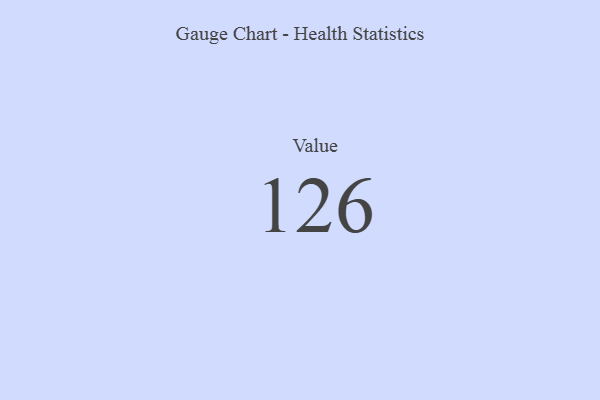
{"axis": {"x": "Metric", "y": "Value"}, "legend": [""], "data": [{"x": "Value", "y": 126, "type": ""}]}